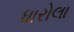
ધારોલા